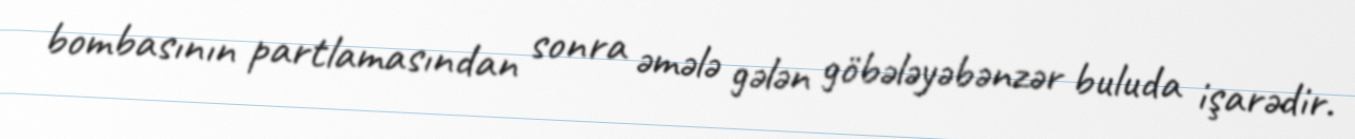
bombasının partlamasından sonra əmələ gələn göbələyəbənzər buluda işarədir.